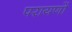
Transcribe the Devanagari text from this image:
परायणों